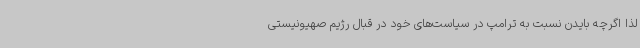
لذا اگرچه بایدن نسبت به ترامپ در سیاست‌های خود در قبال رژیم صهیونیستی